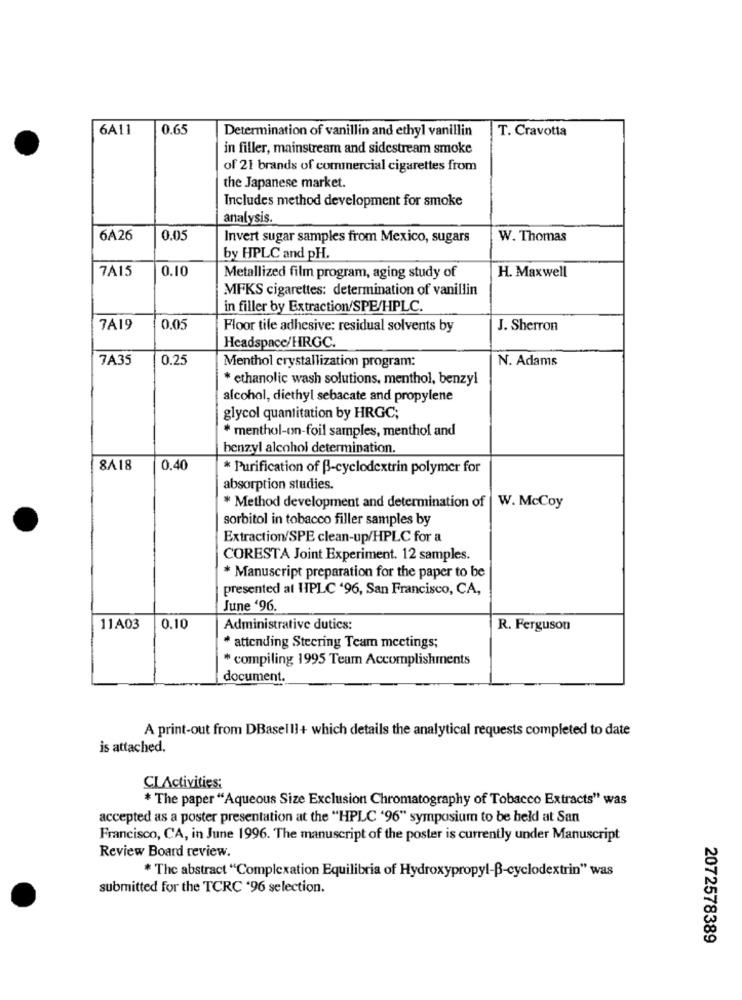
6A11
0.65
T. Cravotta
Determination of vanillin and ethyl vanillin
in filler, mainstream and sidestream smoke
of 21 brands of commercial cigarettes from
the Japanese market.
Includes method development for smoke
analysis.
6A26
0.05
Invert sugar samples from Mexico, sugars
W. Thomas
by HPLC and pH.
7A15
0.10
H. Maxwell
Metallized film program, aging study of
MFKS cigarettes: determination of vanillin
in filler by Extraction/SPE/HPLC.
7A19
0.05
Floor tile adhesive: residual solvents by
J. Sherron
Headspace/HRGC.
7A35
0.25
N. Adams
Menthol crystallization program:
* ethanolic wash solutions, menthol, benzyl
alcohol, diethyl sebacate and propylene
glycol quantitation by HRGC;
* menthol-on-foil samples, menthol and
benzyl alcohol determination.
8A18
0.40
* Purification of B-cyclodextrin polymer for
absorption studies.
* Method development and determination of
W. McCoy
sorbitol in tobacco filler samples by
Extraction/SPE clean-up/HPLC for a
CORESTA Joint Experiment. 12 samples.
* Manuscript preparation for the paper to be
presented al HPLC '96, San Francisco, CA,
June '96.
11A03
0.10
Administrative duties:
R. Ferguson
* attending Steering Team meetings;
* compiling 1995 Team Accomplishments
document.
A print-out from DBaselll+ which details the analytical requests completed to date
is attached.
CLActivities:
* The paper "Aqueous Size Exclusion Chromatography of Tobacco Extracts" was
accepted as a poster presentation at the "HPLC '96" symposium to be held at San
Francisco, CA, in June 1996. The manuscript of the poster is currently under Manuscript
Review Board review.
* The abstract "Complexation Equilibria of Hydroxypropyl-B-cyclodextrin" was
submitted for the TCRC '96 selection.
2072578389